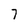
Character: 7